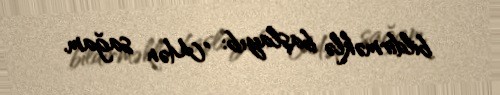
bildirməklə başlayıb: "Mən sağam.